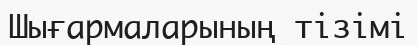
Шығармаларының тізімі